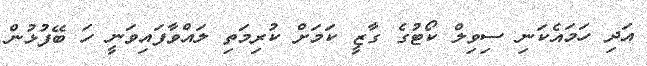
އަދި ހަމައެކަނި ސިވިލް ކޯޓުގެ ގާޒީ ކަމަށް ކުރިމަތި ލައްވާފައިވަނީ ހަ ބޭފުޅުން